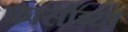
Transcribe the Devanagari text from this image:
फासोच्या